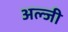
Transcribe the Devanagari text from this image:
अल्जी